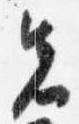
先